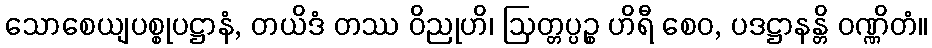
သောစေယျပစ္စုပဋ္ဌာနံ, တယိဒံ တဿ ဝိညုဟိ၊ ဩတ္တပ္ပဉ္စ ဟိရီ စေဝ, ပဒဋ္ဌာနန္တိ ဝဏ္ဏိတံ။